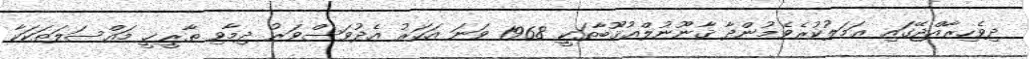
ދިވެހިރާއްޖޭގައި ޢަމަލުކުރެވެމުންދާ ޤާނޫނުލްޢުޤޫބާތަކީ 1968 ވަނަ އަހަރު އެދުވަސްވަރު ދިމާވި ތާރީޚީ މައްސަލަތަކަކާ